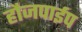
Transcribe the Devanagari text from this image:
हौजपाईप